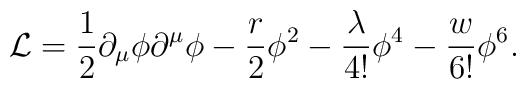
{\cal L} = \frac{1}{2}\partial_\mu \phi \partial^\mu\phi  - \frac{r}{2}\phi^2  - \frac{\lambda}{4!}\phi^4  - \frac{w}{6!}\phi^6.